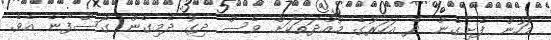
މަހުން ފެށިގެން ދެ އަހަރުގެ މުއްދަތަކަށް ވެސް ދިގު ދެމިގެން ގޮސްފާނެ އެވެ.